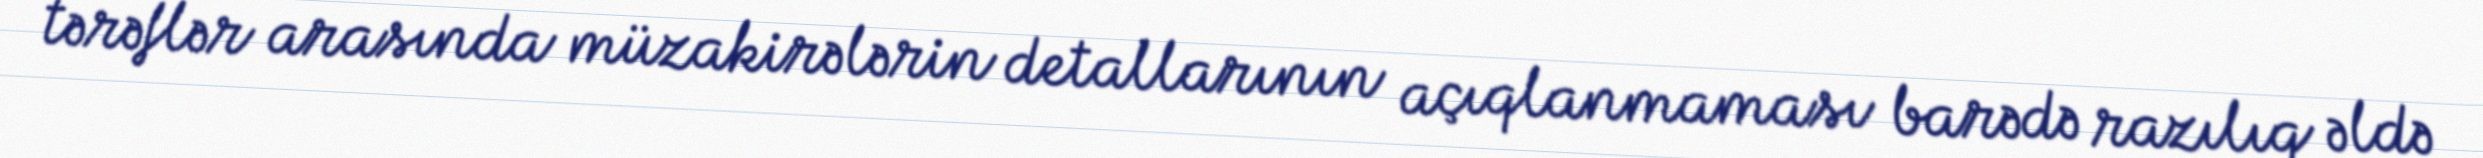
tərəflər arasında müzakirələrin detallarının açıqlanmaması barədə razılıq əldə